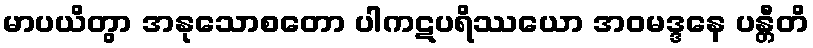
မာပယိတွာ အနုသောစတော ပါကဋပရိဿယော အဝမဒ္ဒနေ ပန္တီတိ